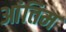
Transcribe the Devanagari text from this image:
आंतिम